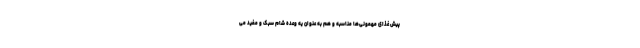
پیش غذای مهمونی‌ها مناسبه و هم به عنوان یه وعده شام سبک و مفید می